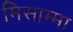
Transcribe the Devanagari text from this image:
मिसाम्मा